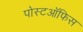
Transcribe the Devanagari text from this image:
पोस्टऑफिस